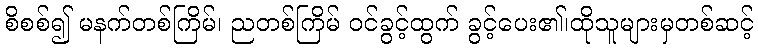
စိစစ်၍ မနက်တစ်ကြိမ်၊ ညတစ်ကြိမ် ဝင်ခွင့်ထွက် ခွင့်ပေး၏၊ထိုသူများမှတစ်ဆင့်